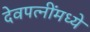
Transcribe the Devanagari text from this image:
देवपत्‍नींमध्ये